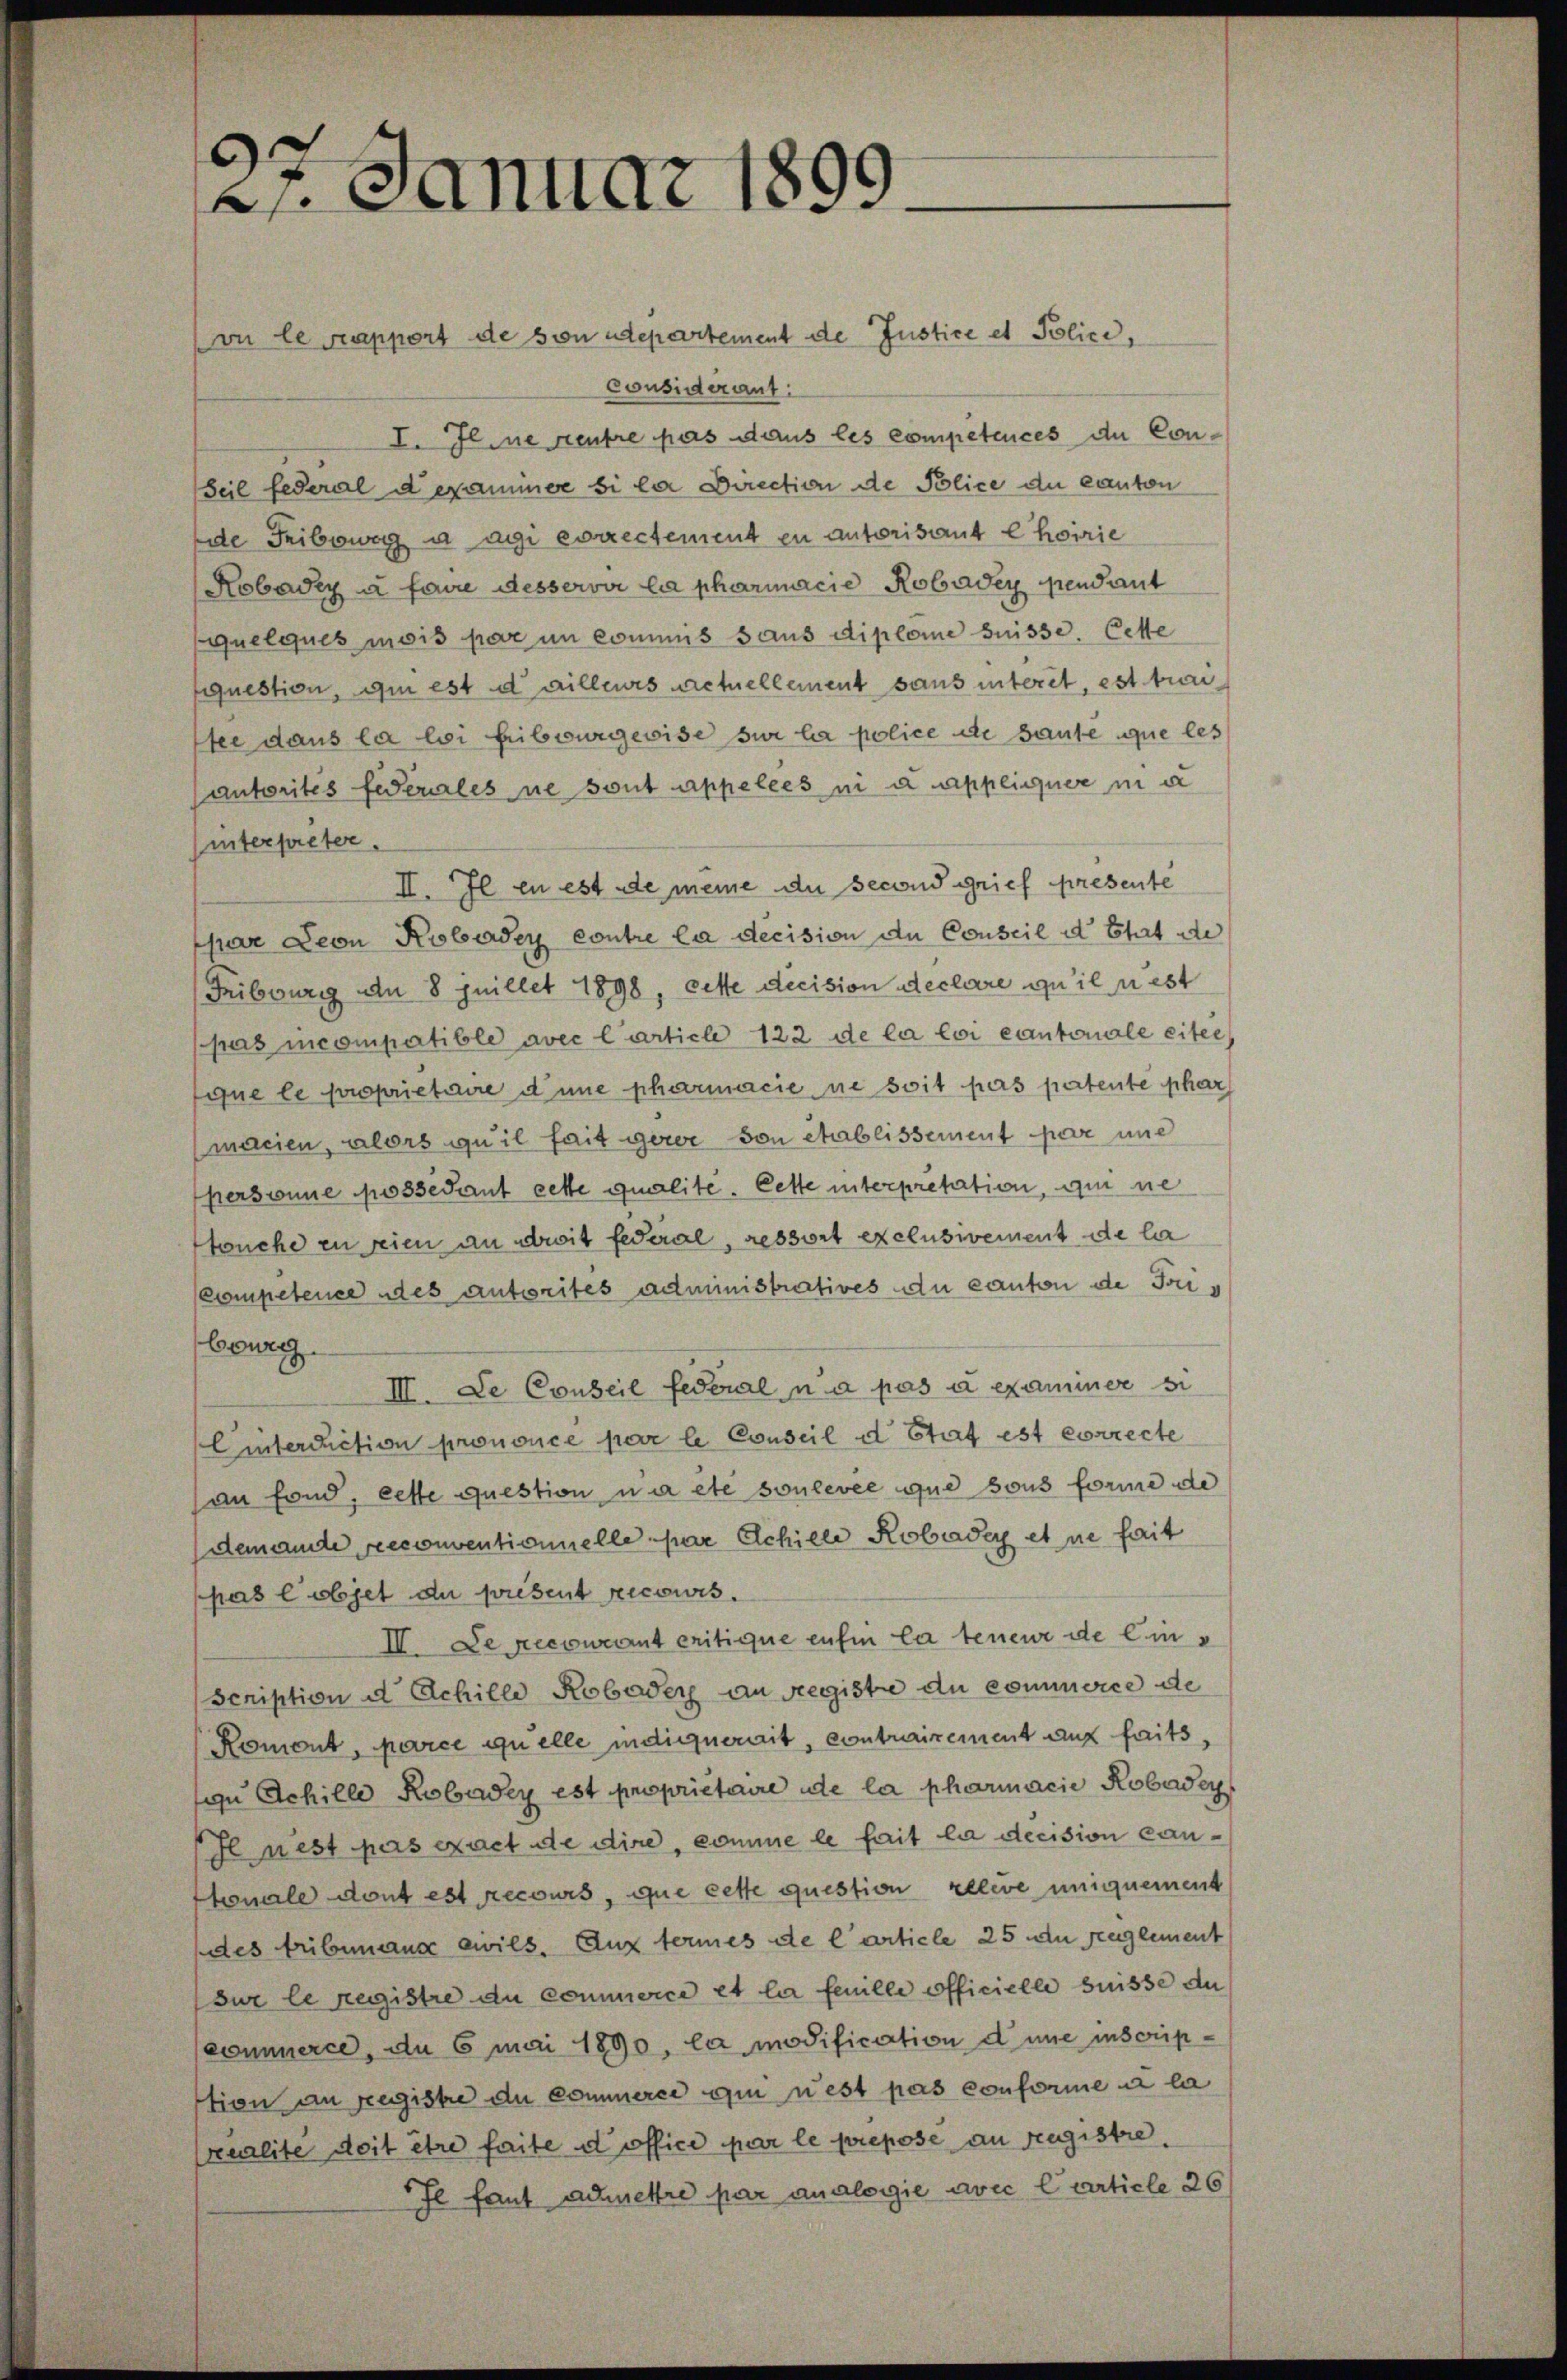
21. Januar 1899

vu le rapport de son adepartement de Justice et Police,
considerant:
I. Il ne rentre pas dans les competences de Con-
Seil federal d exammer si ler Direction de Police du canton
Eide Fribowagg u agi correctement en autorisant l’hoirie
Robadry à faire desservir la pharmacie Robader pendant
quelques mois par in commis saus diplome süsse. Cette
question, um est dailleurs actuellement sans interet, est trai
tee dans la loi fribourgewisse sur la police die Hause que les
Cantorités fiderales ne sont appelées ni a appliquer in d
hinterpreter.
II. Il en est de meine du second grief presente
spar Deon Robardey contre la decision du Conseil d. That de
Fribourg den 8 Juillet 1898, cette decision declare qu’il u est
pas incompatible avec l’article 122 de la loi cantonale eiter
que le proprietaire d’une pharmacie ne soit pas patente phar
macien, alors qu’il fait gerer von chablissement par une
personne possédant cette qualite. Cette interpretation, qui ne
touche in seien an droit federal, ressort exclusivement de la
competence des autorites administratives du canton de Tous
bourgg
III. De Conseil federal na pas à examiner si
Einterdiction prononce pere le Conseil d. Stat est correcte
an fond, cette question um etc soulevée que sous forme de
demande reconventionnelle par Schille Robada et ne fait
pas l’objet du present recours.
II. Le recourant eritique enfin la teneur de Eins
Scription d. Achille Robader an Registe du commerce de
Romont, parce quelle indiquerait, contrairement auf faits,
u Achille Robardey est propriétaire de la pharmacie Robaden
Il nest pas exact de dire, komme le fait la decision cantonale dont est recours, que cette question releve uniquement
des tribunaux civils. Aux termes de l’article 25 an Reglement
sur le registre du commerce et la feuille officielle suisse du
(commerce, du 6 mai 1890, la modification d’une inscrip-
ption an registe du commerce qui nest pas conforme à la
kealite doit être faite d office par le prepose an registre
Il faut admettre par analogie avec Carticle 26/